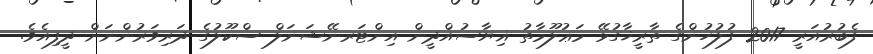
ފެބުރުއަރީ 2017 ފުލުހުންގެ ތާރީޚާގުޅޭ މަޢުލޫމާތު ޣިޔާސުއްދީން އިންޓަރނޭޝަނަލް ސްކޫލުގެ ދަރިވަރުންނަށް ދީފިއެވެ.